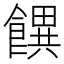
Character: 𩞫